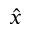
\hat { x }